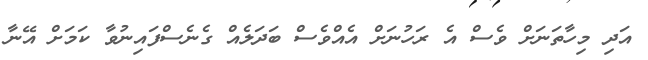
އަދި މިހާތަނަށް ވެސް އެ ރަހުނަށް އެއްވެސް ބަދަލެއް ގެނެސްފައިނުވާ ކަމަށް އޭނާ